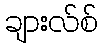
ချားလ်စ်